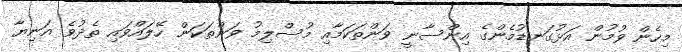
މިހެން ވުމުން އަޅުގަނޑުމެންގެ އިންސާނީ ވަންތަކަމާއި މުސްލިމު ވަންތަކަން ހޭލައްވައި ތެދުވެ އަނިޔާ